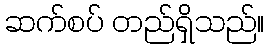
ဆက်စပ် တည်ရှိသည်။